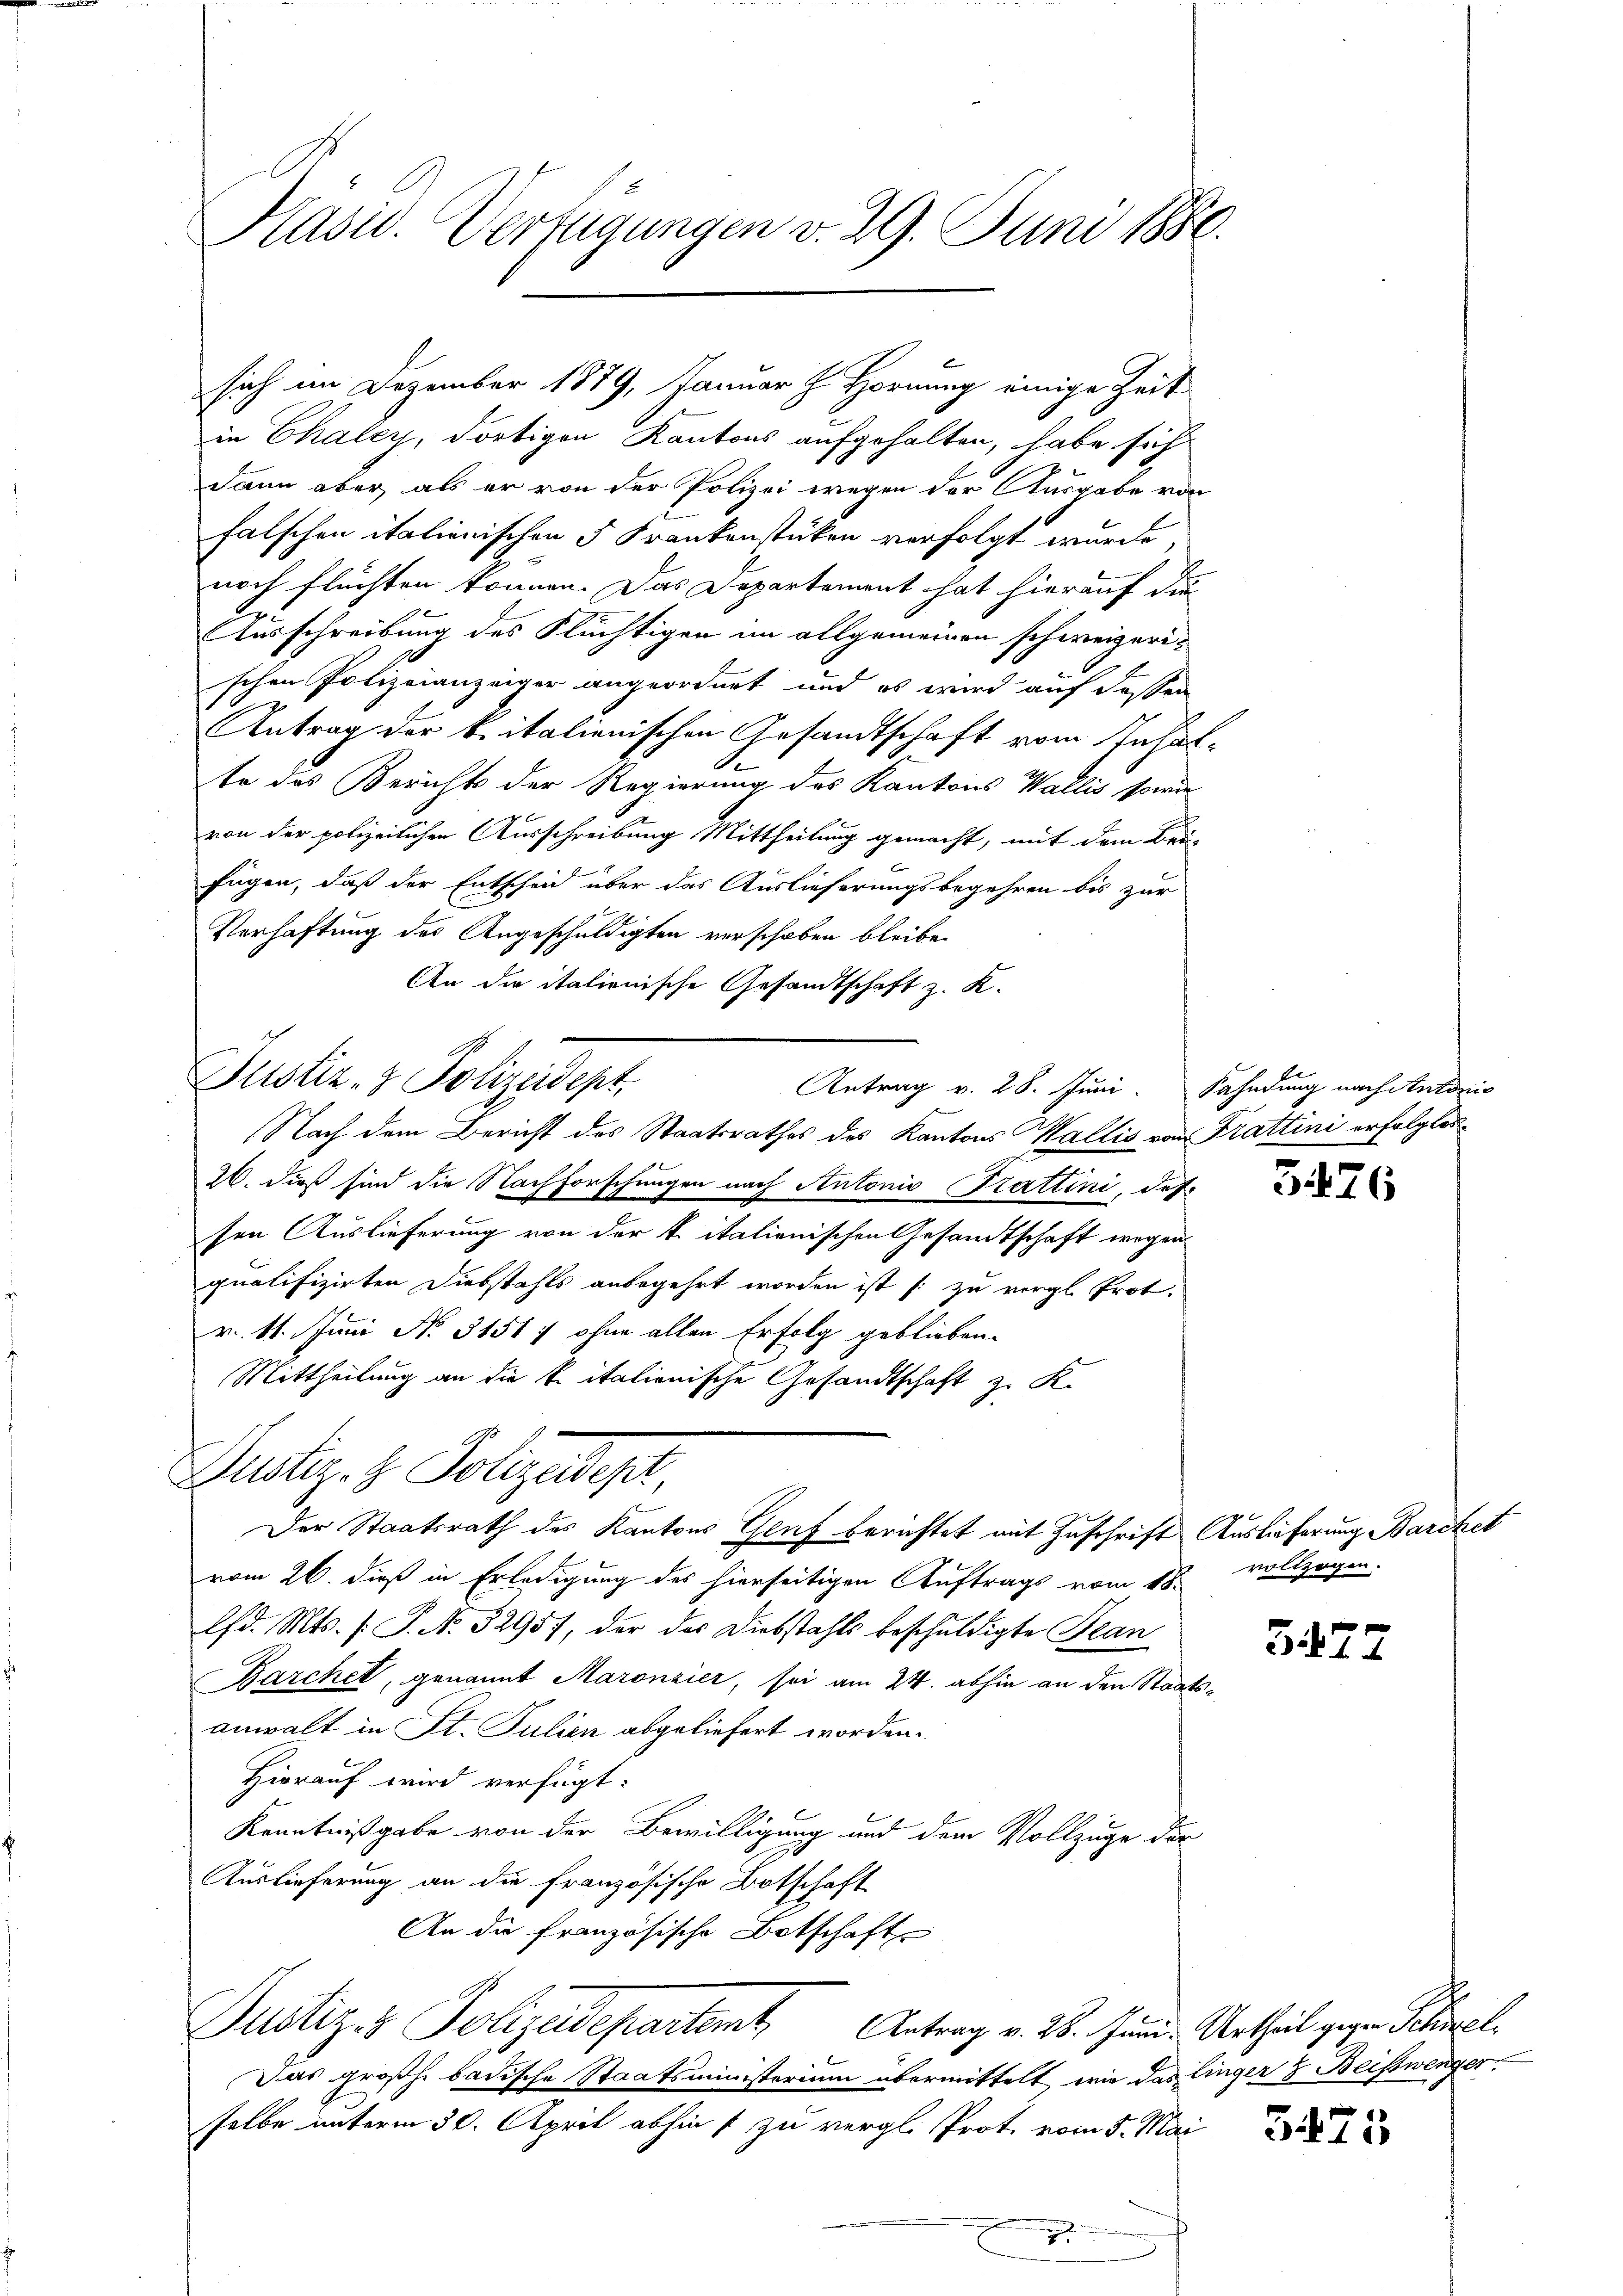
Hasiv. Verfügungen v. 29. Juni 1880.

Justiz- & Polizeidept,

in Chaley, dortigen Kantons aufgehalten, habe sich
dann aber, als er von der Polizei wegen der Ausgabe von
falschen italienischen 5 Frankenstücken verfolgt wurde,
noch flüchten können. Das Departement hat hierauf die
1
Ausschreibung des Flüchtigen im allgemeinen schweizerischen Polizeianzeiger angeordnet und es wird auf dessen
Antrag der kritalienischen Gesandtschaft vom Inhal¬
.
te des Berichts der Regierung des Kantons Wallis sowie
von der polizeilichen Ausschreibung Mittheilung gemacht, mit dem Bei-
fügen, daß der Entscheid über das Auslieferungsbegehren bis zur
Verhaftung des Angeschuldigten verschoben bleibe.
An die italienische Gesandtschaft z. K.
Antrag v. 28. Juni. Fahndung nach Staldeig
Nach dem Bericht des Staatsrathes des Kantons Wallis von Trattini erfolglos¬
26. dieß sind die Nachforschungen nach Antonio Kattini, des
sen Auslieferung von der k. italienischen Gesandtschaft wegen
qualifizirten Diebstahls anbegehrt worden ist zu vergl. Prot.
v. 11. Juni No 31517 ohne allen Erfolg geblieben.
Mittheilung an die kritationische Gesandtschaft z. K.
Justiz- & Polizadept
Der Staatsrath des Kantons Genf berichtet mit Zuschrift Ausläferung Barcke
vom 26. dieß in Erledigung des hierseitigen Auftrags vom 18. vollzogen.
lfd. Mts. (: P. No. 32957, der das Diebstahls beschuldigte Bean
Barchet, genannt Maronzier, sei am 24. abhin an den Staatsanwalt in St. Julien abgeliefert worden.
Hierauf wird verfügt:
Kenntnißgabe von der Bewilligung und dem Vollzuge der
Auslieferung an die französische Botschaft
An die Französische Botschaft
Justiz & Polizeidepartemt Antrag v. 28. Jun. Urtheil gegen Schwel¬
Das großh. badische Staatsministerium übermittelt, wie das linger & Beistwinger
selbe unterm 30. April abhin 1 zu vergl. Prot. vom 5. Mai

sich im Dezember 1879, Januar J. Hornung einige Zeit

5476

3477

3475

t